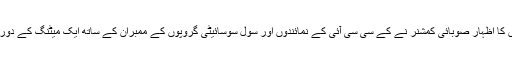
ان باتوں کا اظہار صوبائی کمشنر نے کے سی سی آئی کے نمائندوں اور سول سوسائیٹی گروپوں کے ممبران کے ساتھ ایک میٹنگ کے دوران کیا ۔